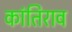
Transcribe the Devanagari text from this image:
कांतिराव